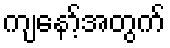
ကျနော့်အတွက်